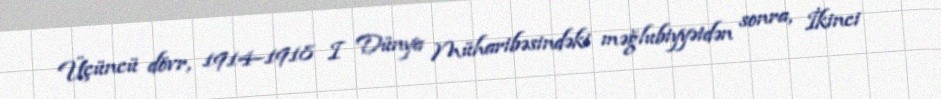
Üçüncü dövr, 1914–1918 I Dünya Müharibəsindəki məğlubiyyətdən sonra, İkinci